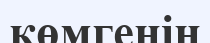
көмгенін